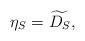
LaTeX: \begin{align*}\eta_S = \widetilde{D_S},\end{align*}